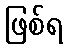
ဖြစ်ရ